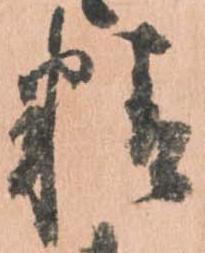
精